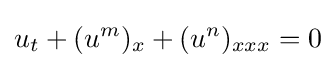
u_{t}+(u^{m})_{x}+(u^{n})_{xxx}=0